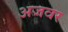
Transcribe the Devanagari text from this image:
अजवर